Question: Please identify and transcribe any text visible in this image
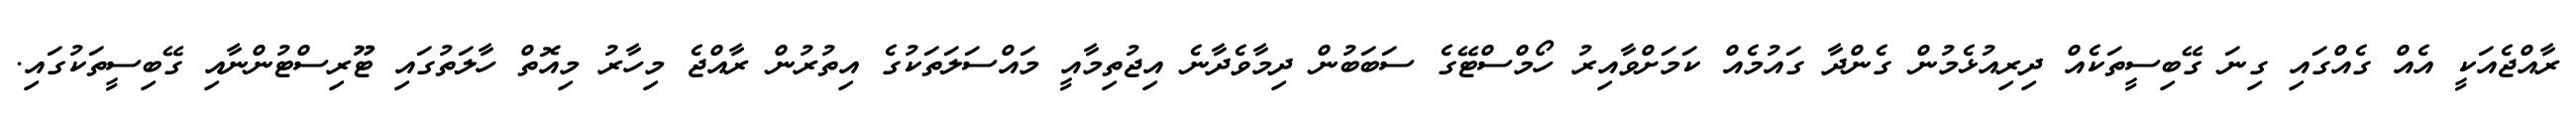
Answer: ރާއްޖެއަކީ އެއް ގެއްގައި ގިނަ ގޭބިސީތަކެއް ދިރިއުޅެމުން ގެންދާ ގައުމެއް ކަމަށްވާއިރު ހޯމްސްޓޭގެ ސަބަބުން ދިމާވެދާނެ އިޖުތިމާއީ މައްސަލަތަކުގެ އިތުރުން ރާއްޖެ މިހާރު މިއޮތް ހާލަތުގައި ޓޫރިސްޓުންނާއި ގޭބިސީތަކުގައި.